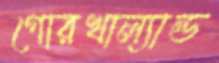
গোরখাল্যান্ড